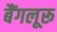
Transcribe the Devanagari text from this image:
बैंगलूरू